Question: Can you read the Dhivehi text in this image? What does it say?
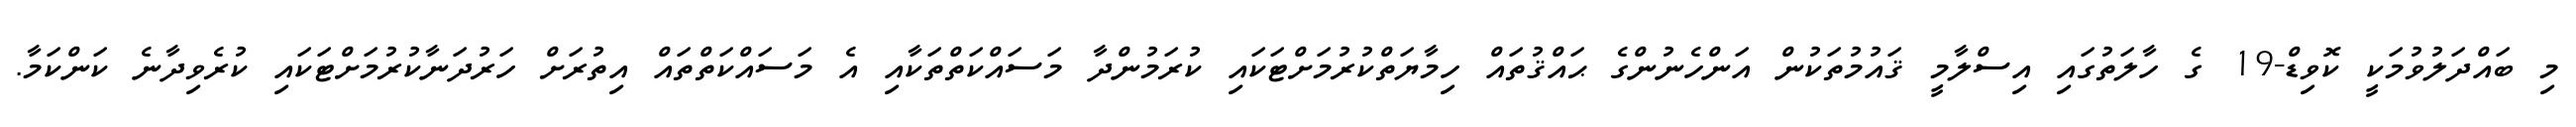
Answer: މި ބައްދަލުވުމަކީ ކޮވިޑް-19 ގެ ހާލަތުގައި އިސްލާމީ ޤައުމުތަކުން އަންހެނުންގެ ޙައްޤުތައް ހިމާޔަތްކުރުމަށްޓަކައި ކުރަމުންދާ މަސައްކަތްތަކާއި އެ މަސައްކަތްތައް އިތުރަށް ހަރުދަނާކުރުމަށްޓަކައި ކުރެވިދާނެ ކަންކަމާ.